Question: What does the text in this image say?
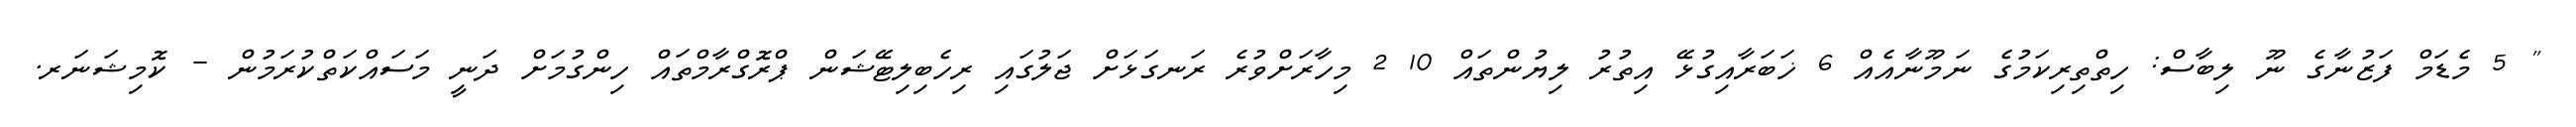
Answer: " 5 މެޑަމް ފަޒުނާގެ ނޫ ލިބާސް: ހިތްތިރިކަމުގެ ނަމޫނާއެއް 6 ޚަބަރާއިގުޅޭ އިތުރު ލިޔުންތައް 10 2 މިހާރަށްވުރެ ރަނގަޅަށް ޖަލުގައި ރިހެބިލިޓޭޝަން ޕްރޮގްރާމްތައް ހިންގުމަށް ދަނީ މަސައްކަތްކުރަމުން - ކޮމިޝަނަރ.